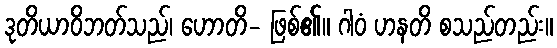
ဒုတိယာဝိဘတ်သည်၊ ဟောတိ- ဖြစ်၏။ ဂါဝံ ဟနတိ စသည်တည်း။